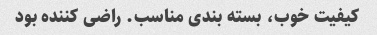
کیفیت خوب، بسته بندی مناسب. راضی کننده بود